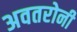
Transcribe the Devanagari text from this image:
अवतरोनी